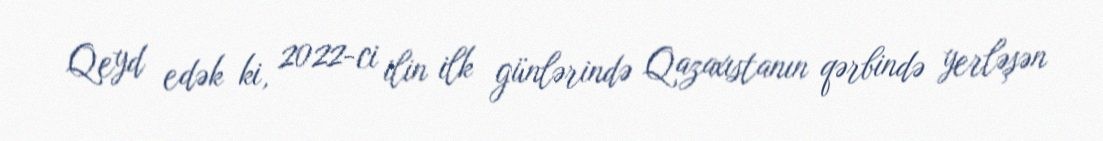
Qeyd edək ki, 2022-ci ilin ilk günlərində Qazaxıstanın qərbində yerləşən